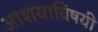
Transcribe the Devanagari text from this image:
आशयाविषयी